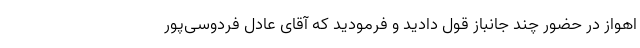
اهواز در حضور چند جانباز قول دادید و فرمودید که آقای عادل فردوسی‌پور